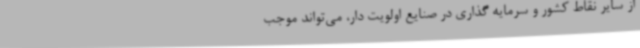
از سایر نقاط کشور و سرمایه گذاری در صنایع اولویت دار، می‌تواند موجب